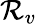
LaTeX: \mathcal{R}_{v}